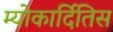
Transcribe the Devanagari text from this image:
म्योकार्दितिस